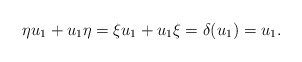
\begin{align*}\eta u_1+u_1\eta=\xi u_1+u_1\xi=\delta(u_1)=u_1.\end{align*}